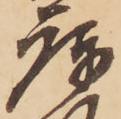
庫